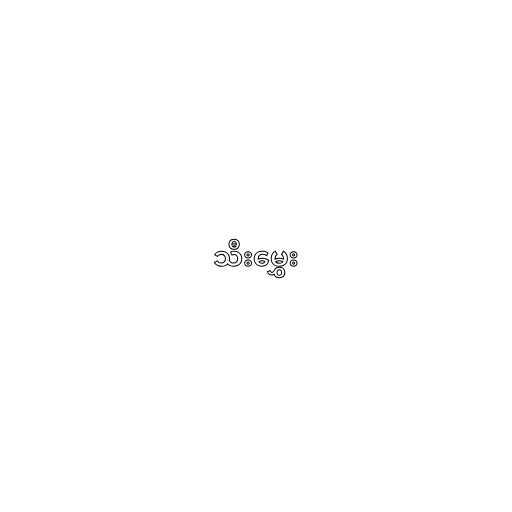
သီးမွှေး